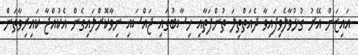
އައިޒަން އޭރު ގުޅުވާލެވިފައިވާ ދެއަތްތިލަ ތުންފަތާއި ހިސާބުގައި ޖައްސައި ނިވާކޮށްލައިގެން އެކުއްޖާ ކައިރިވާތަން